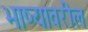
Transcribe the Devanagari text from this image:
भाष्यावरील